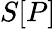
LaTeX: S[P]